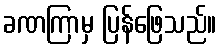
ခဏကြာမှ ပြန်ဖြေသည်။